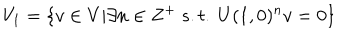
V _ { 1 } = \{ v \in V | \exists n \in Z ^ { + } \ s . t . \ U ( 1 , 0 ) ^ { n } v = 0 \}